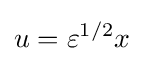
u=\varepsilon ^{1/2}x